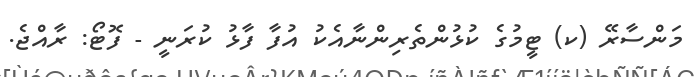
މަންސާރޭ (ކ) ޓީމުގެ ކުޅުންތެރިންނާއެކު އުފާ ފާޅު ކުރަނީ - ފޮޓޯ: ރާއްޖެ.